Annual report on the Civil Veterinary Department, Burma (including the Insein Veterinary School) - 1910-1922
Year: 1910
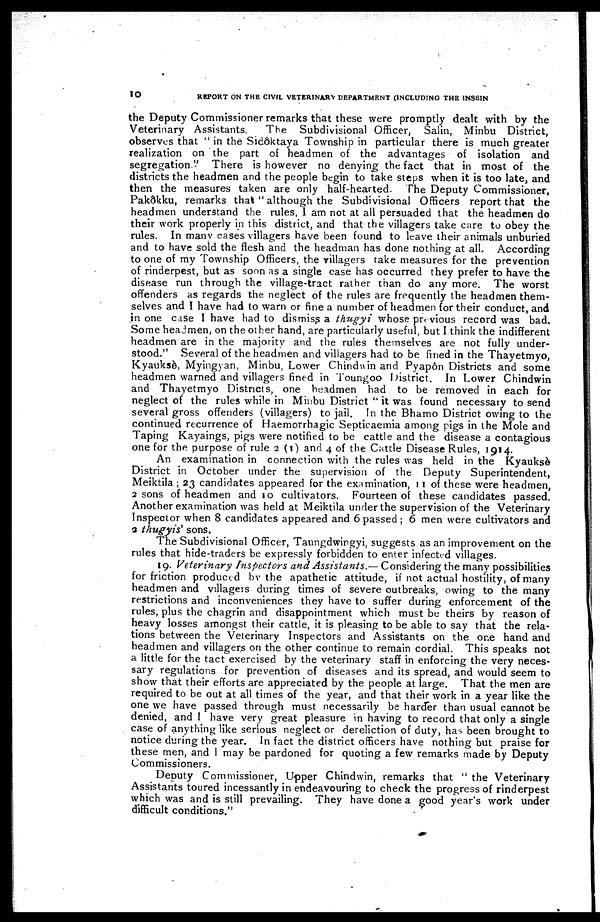
10
REPORT ON THE CIVIL VETERINARY DEPARTMENT (INCLUDING THE 1NSEIN
the Deputy Commissioner remarks that these were promptly dealt with by the
Veterinary Assistants.
The Subdivisional Officer, Salin, Minbu District,
observes that " in the Sidôktaya Township in particular there is much greater
realization on the part of headmen of the advantages of isolation and
segregation."
There is however no denying the fact that in most of the
districts the headmen and the people begin to take steps when it is too late, and
then the measures taken are only half-hearted. The Deputy Commissioner,
Pakôkku, remarks that " although the Subdivisional Officers report that the
headmen understand the rules, I am not at all persuaded that the headmen do
their work properly in this district, and that the villagers take care to obey the
rules. In many cases villagers have been found to leave their animals unburied
and to have sold the flesh and the headman has done nothing at all. According
to one of my Township Officers, the villagers take measures for the prevention
of rinderpest, but as soon as a single case has occurred they prefer to have the
disease run through the village-tract rather than do any more. The worst
offenders as regards the neglect of the rules are frequently the headmen them-
selves and I have had to warn or fine a number of headmen for their conduct, and
in one case I have had to dismiss a thugyi whose previous record was bad.
Some headmen, on the other hand, are particularly useful, but I think the indifferent
headmen are in the majority and the rules themselves are not fully under-
stood." Several of the headmen and villagers had to be fined in the Thayetmyo,
Kyauksè, Myingyan, Minbu, Lower Chindwin and Pyapôn Districts and some
headmen warned and villagers fined in Toungoo District. In Lower Chindwin
and Thayetmyo Districts, one headmen had to be removed in each for
neglect of the rules while in Minbu District " it was found necessary to send
several gross offenders (villagers) to jail. In the Bhamo District owing to the
continued recurrence of Haemorrhagic Septicaemia among pigs in the Mole and
Taping Kayaings, pigs were notified to be cattle and the disease a contagious
one for the purpose of rule 2(1) and 4 of the Cattle Disease Rules, 1914.
An examination in connection with the rules was held in the Kyauksè
District in October under the supervision of the Deputy Superintendent,
Meiktila ; 23 candidates appeared for the examination, 11 of these were headmen,
2 sons of headmen and 10 cultivators. Fourteen of these candidates passed.
Another examination was held at Meiktila under the supervision of the Veterinary
Inspector when 8 candidates appeared and 6 passed ; 6 men were cultivators and
2 thugyis' sons.
The Subdivisional Officer, Taungdwirgyi, suggests as an improvement on the
rules that hide-traders be expressly forbidden to enter infected villages.
19. Veterinary Inspectors and Assistants.— Considering the many possibilities
for friction produced by the apathetic attitude, if not actual hostility, of many
headmen and villagers during times of severe outbreaks, owing to the many
restrictions and inconveniences they have to suffer during enforcement of the
rules, plus the chagrin and disappointment which must be theirs by reason of
heavy losses amongst their cattle, it is pleasing to be able to say that the rela-
tions between the Veterinary Inspectors and Assistants on the one hand and
headmen and villagers on the other continue to remain cordial. This speaks not
a little for the tact exercised by the veterinary staff in enforcing the very neces-
sary regulations for prevention of diseases and its spread, and would seem to
show that their efforts are appreciated by the people at large. That the men are
required to be out at all times of the year, and that their work in a year like the
one we have passed through must necessarily be harder than usual cannot be
denied, and 1 have very great pleasure in having to record that only a single
case of anything like serious neglect or dereliction of duty, has been brought to
notice during the year. In fact the district officers have nothing but praise for
these men, and I may be pardoned for quoting a few remarks made by Deputy
Commissioners.
Deputy Commissioner, Upper Chindwin, remarks that " the Veterinary
Assistants toured incessantly in endeavouring to check the progress of rinderpest
which was and is still prevailing. They have done a good year's work under
difficult conditions."